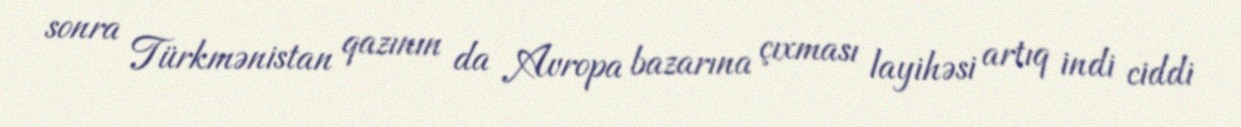
sonra Türkmənistan qazının da Avropa bazarına çıxması layihəsi artıq indi ciddi